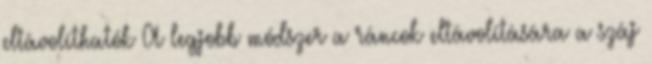
eltávolíthatók A legjobb módszer a ráncok eltávolítására a száj